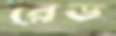
রেড